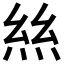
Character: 𢇁